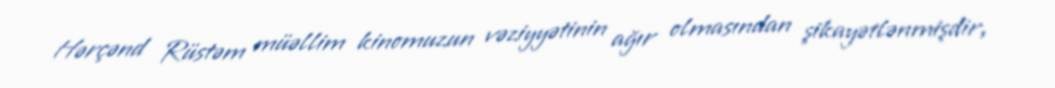
Hərçənd Rüstəm müəllim kinomuzun vəziyyətinin ağır olmasından şikayətlənmişdir,